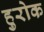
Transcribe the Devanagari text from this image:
हुरोक